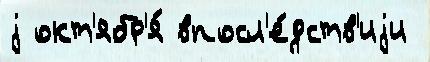
j окт'ябр'я́ впосл'е́дств'иjи